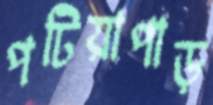
পটিয়াপাড়